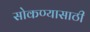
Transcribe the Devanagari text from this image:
सोकण्यासाठी